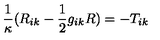
\frac 1 \kappa ( R _ { i k } - \frac 1 2 g _ { i k } R ) = - T _ { i k }